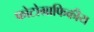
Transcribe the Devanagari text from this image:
फोटोग्राफिकीय